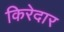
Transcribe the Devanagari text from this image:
किरेदार